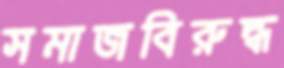
সমাজবিরুদ্ধ